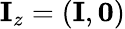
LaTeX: {\mathbf I}_{z}=({\mathbf I},{\mathbf 0})